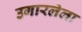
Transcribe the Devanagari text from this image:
उगारलेला